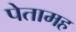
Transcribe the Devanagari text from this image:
पेतामह